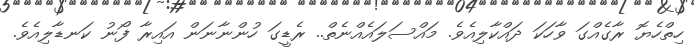
ހިތްހެޔޮ ރާގެއްގަ ވާހަކަ ދައްކާލިއެވެ. މައްސަލައެއްނެތް.. ރެޑީގަ ހުންނާނަން އައިރާ ފޯނު ކަނޑާލިއެވެ.